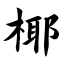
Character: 椰